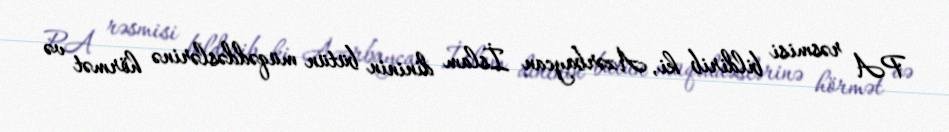
PA rəsmisi bildirib ki, Azərbaycan İslam dininin bütün müqəddəslərinə hörmət və